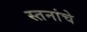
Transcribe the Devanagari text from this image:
स्तनांचे